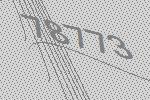
78773